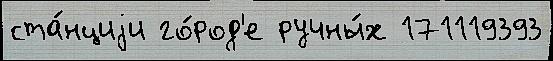
ста́нциjи го́род'е ручны́х 171119393